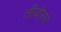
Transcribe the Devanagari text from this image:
लीवोरस